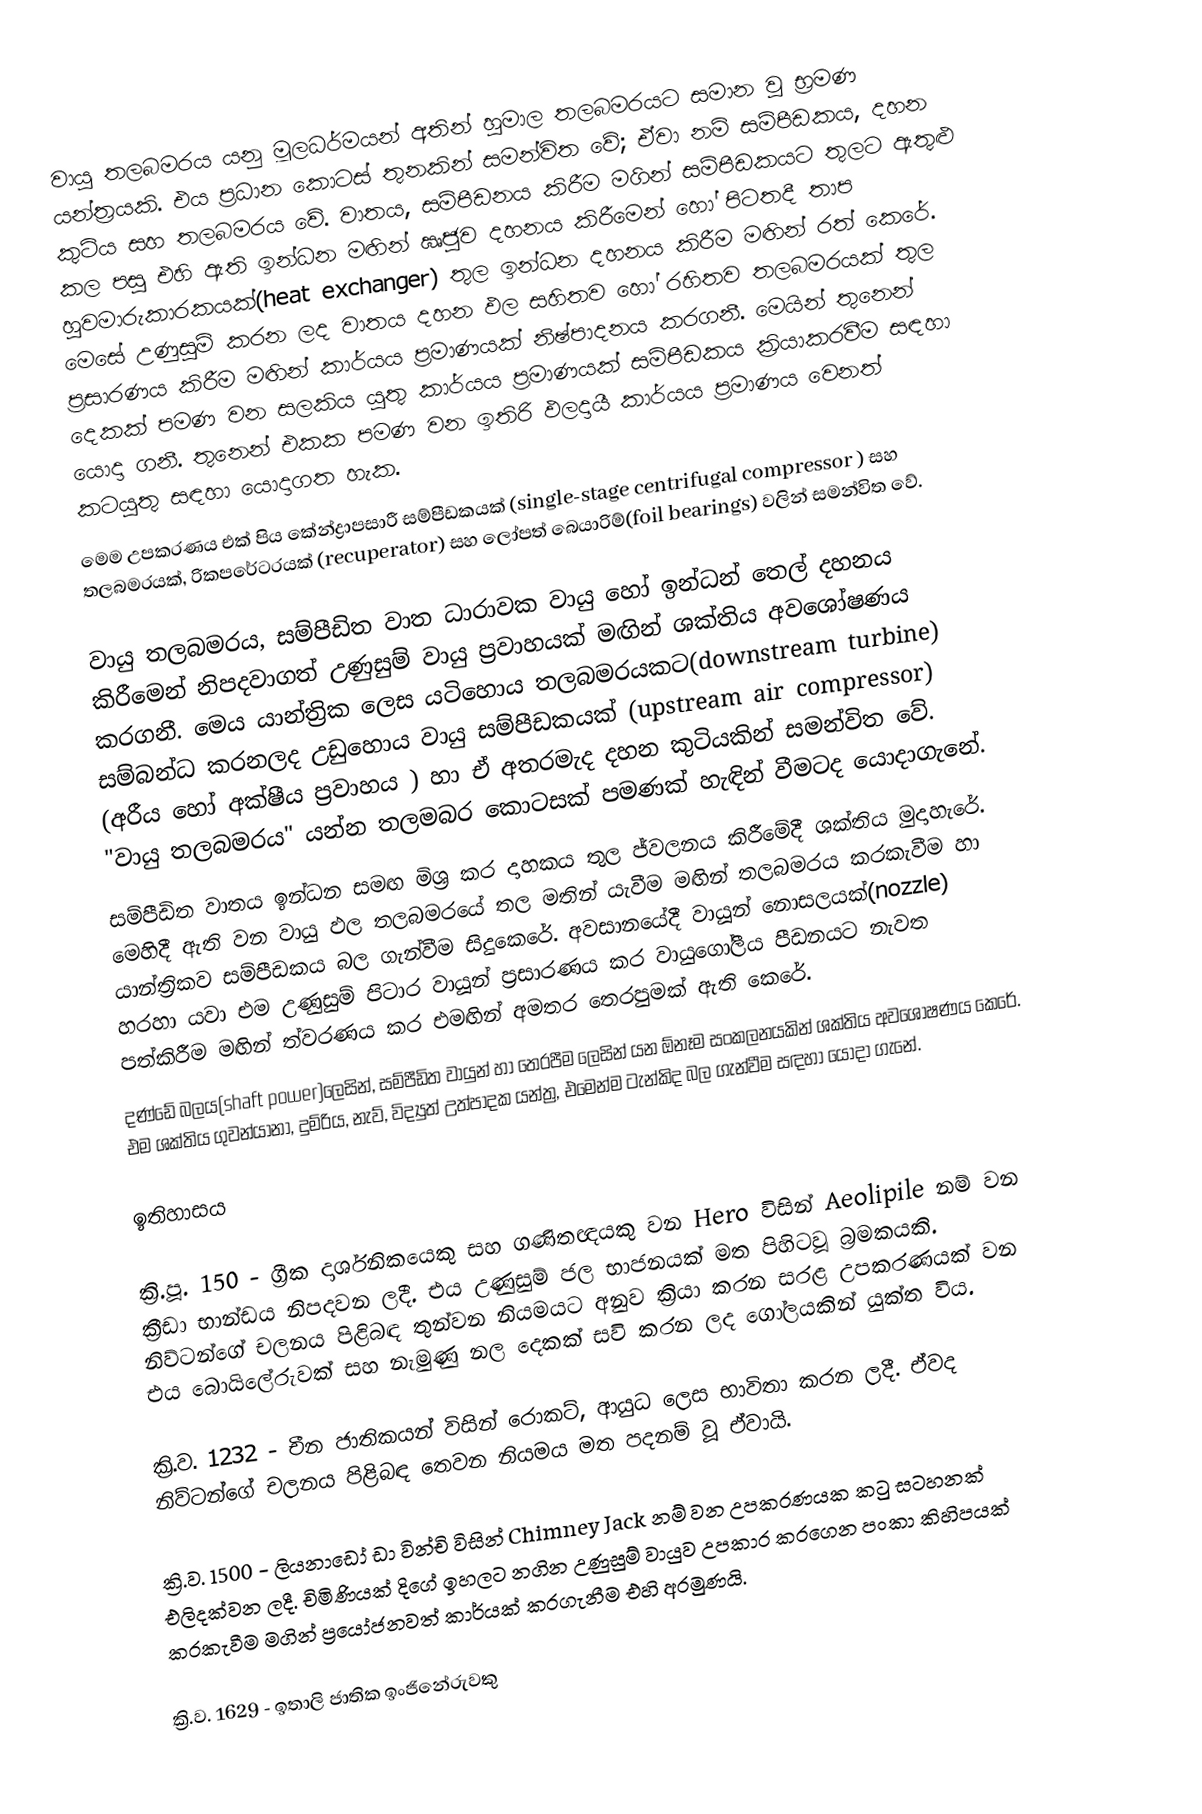
වායු තලබමරය යනු මූලධර්මයන් අතින් හුමාල තලබමරයට සමාන වූ භ්‍රමණ යන්ත්‍රයකි. එය ප්‍රධාන කොටස් තුනකින් සමන්විත වේ; ඒවා නම් සම්පීඩකය, දහන කුටිය සහ තලබමරය වේ. වාතය, සම්පීඩනය කිරීම මගින් සම්පීඩකයට තුලට ඇතුළු කල පසු එහි ඇති ඉන්ධන මඟින් ඍජුව දහනය කිරීමෙන් හෝ පිටතදී තාප හුවමාරුකාරකයක්(heat exchanger) තුල ඉන්ධන දහනය කිරීම මඟින් රත් කෙරේ. මෙසේ උණුසුම් කරන ලද වාතය දහන ඵල සහිතව හෝ රහිතව තලබමරයක් තුල ප්‍රසාරණය කිරීම මඟින් කාර්යය ප්‍රමාණයක් නිෂ්පාදනය කරගනී. මෙයින් තුනෙන් දෙකක් පමණ වන සලකිය යුතු කාර්යය ප්‍රමාණයක් සම්පීඩකය ක්‍රියාකරවීම සඳහා යොදා ගනී. තුනෙන් එකක පමණ වන ඉතිරි ඵලදායී කාර්යය ප්‍රමාණය වෙනත් කටයුතු සඳහා යොදාගත හැක.
මෙම උපකරණය එක් පිය කේන්ද්‍රාපසාරී සම්පීඩකයක් (single-stage centrifugal compressor ) සහ තලබමරයක්, රිකපරේටරයක් (recuperator) සහ ලෝපත් බෙයාරිම්(foil bearings) වලින් සමන්විත වේ.

වායු තලබමරය, සම්පීඩිත වාත ධාරාවක වායු හෝ ඉන්ධන් තෙල් දහනය කිරීමෙන් නිපදවාගත් උණුසුම් වායු ප්‍රවාහයක් මඟින් ශක්තිය අවශෝෂණය කරගනී. මෙය යාන්ත්‍රික ලෙස යටිහොය තලබමරයකට(downstream turbine) සම්බන්ධ කරනලද උඩුහොය වායු සම්පීඩකයක් (upstream air compressor) (අරීය හෝ අක්ෂීය ප්‍රවාහය )  හා ඒ අතරමැද දහන කුටියකින් සමන්විත වේ. "වායු තලබමරය" යන්න තලමබර කොටසක් පමණක් හැඳින් වීමටද යොදාගැනේ.
සම්පීඩිත වාතය ඉන්ධන සමඟ මිශ්‍ර කර දාහකය තුල ජ්වලනය කිරීමේදී ශක්තිය මුදාහැරේ. මෙහිදී ඇති වන වායු ඵල තලබමරයේ තල මතින් යැවීම මඟින් තලබමරය කරකැවීම හා යාන්ත්‍රිකව සම්පීඩකය බල ගැන්වීම සිදුකෙරේ. අවසානයේදී වායූන් නොසලයක්(nozzle) හරහා යවා එම උණුසුම් පිටාර වායූන් ප්‍රසාරණය කර වායුගෝලීය පීඩනයට නැවත පත්කිරීම මඟින් ත්වරණය කර එමඟින් අමතර තෙරපුමක් ඇති කෙරේ.
දණ්ඩේ බලය(shaft power)ලෙසින්, සම්පීඩිත වායුන් හා තෙරපීම ලෙසින් යන ඕනෑම සංකලනයකින්  ශක්තිය අවශෝෂණය කෙරේ. එම ශක්තිය ගුවන්යානා, දුම්රිය, නැව්, විද්‍යුත් උත්පාදක යන්ත්‍ර, එමෙන්ම ටැන්කිද බල ගැන්වීම සඳහා යොදා ගැනේ.

ඉතිහාසය

 ක්‍රි.පූ. 150 - ග්‍රීක දාර්ශනිකයෙකු සහ ගණිතඥයකු වන Hero විසින් Aeolipile නම් වන ක්‍රීඩා භාන්ඩය නිපදවන ලදී. එය උණුසුම් ජල භාජනයක් මත පිහිටවූ බ්‍රමකයකි. නිව්ටන්ගේ චලනය පිළිබඳ තුන්වන නියමයට අනුව ක්‍රියා කරන සරළ උපකරණයක් වන එය බොයිලේරුවක් සහ නැමුණු නල දෙකක් සවි කරන ලද ගෝලයකින් යුක්ත විය.

 ක්‍රි.ව. 1232 - චීන ජාතිකයන් විසින් රොකට්, ආයුධ ලෙස භාවිතා කරන ලදී. ඒවද නිව්ටන්ගේ  චලනය පිළිබඳ තෙවන නියමය මත පදනම් වූ ඒවායි.

 ක්‍රි.ව. 1500 - ලියනාඩෝ ඩා වින්චි විසින් Chimney Jack නම් වන උපකරණයක කටු සටහනක් එලිදක්වන ලදී. චිමිණියක් දිගේ ඉහලට නගින උණුසුම් වායුව උපකාර කරගෙන පංකා කිහිපයක් කරකැවීම මගින් ප්‍රයෝජනවත් කාර්යක් කරගැනීම එහි අරමුණයි.

 ක්‍රි.ව. 1629 - ඉතාලි ජාතික ඉංජිනේරුවකු